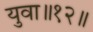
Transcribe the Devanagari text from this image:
युवा॥१२॥